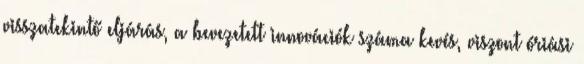
visszatekintő eljárás, a bevezetett innovációk száma kevés, viszont óriási